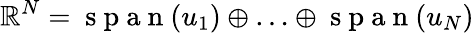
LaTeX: {\mathbb{R}^{N}=\mathrm{~s~p~a~n~}(u_{1})\oplus\ldots\oplus\mathrm{~s~p~a~n~}(u_{N})}